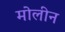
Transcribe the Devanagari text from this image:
मोलीन